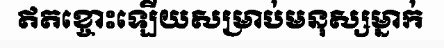
ឥតខ្ចោះឡើយសម្រាប់មនុស្សម្នាក់